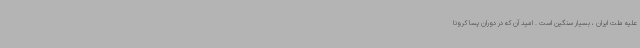
علیه ملت ایران ، بسیار سنگین است . امید آن که در دوران پسا کرونا